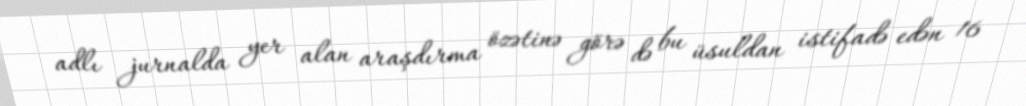
adlı jurnalda yer alan araşdırma özətinə görə də bu üsuldan istifadə edən 16